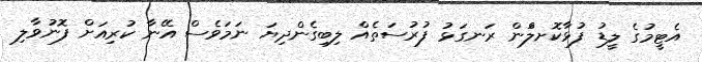
އެޓީމުގެ ލީޑު ފުޅާކޮށލްަން ރަނގަޅު ފުރުސަތެއް ލިިބިގެންދިޔަ ނަމަވެސް އޭނާ ކުރިއަށް ފޮނުވާލި